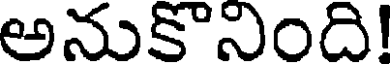
అనుకొనింది!